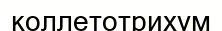
коллетотрихум